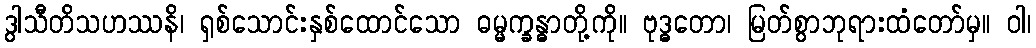
ဒွါသီတိသဟဿနိ၊ ရှစ်သောင်းနှစ်ထောင်သော ဓမ္မက္ခန္ဓာတို့ကို။ ဗုဒ္ဓတော၊ မြတ်စွာဘုရားထံတော်မှ။ ဝါ၊